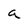
Character: a